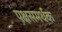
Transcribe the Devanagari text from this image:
पक्षसमर्थक